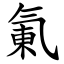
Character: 氭